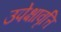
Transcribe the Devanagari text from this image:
उपेक्षावृत्ति